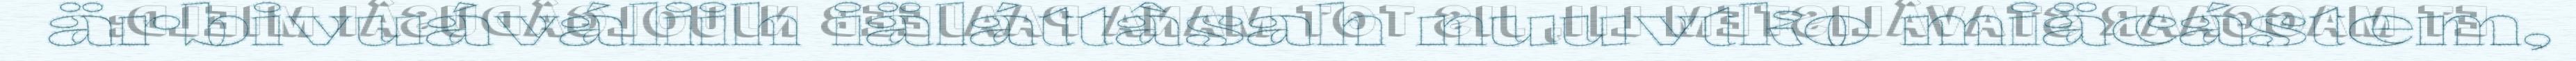
ärbivuáváliih iäláttâsah nuuvtko miäcástem,